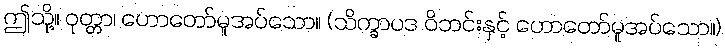
ဤသို့။ ဝုတ္တာ၊ ဟောတော်မူအပ်သော။ (သိက္ခာပဒ ဝိဘင်းနှင့် ဟောတော်မူအပ်သော။)